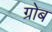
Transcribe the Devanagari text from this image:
ग्रोब